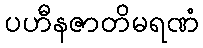
ပဟီနဇာတိမရဏံ